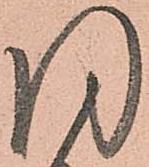
同